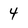
Character: 4